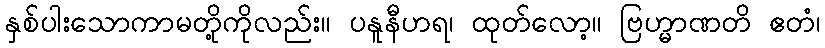
နှစ်ပါးသောကာမတို့ကိုလည်း။ ပနူနီဟရ၊ ထုတ်လော့။ ဗြဟ္မာဏတိ ဧတံ၊